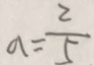
a = \frac { 2 } { 5 }